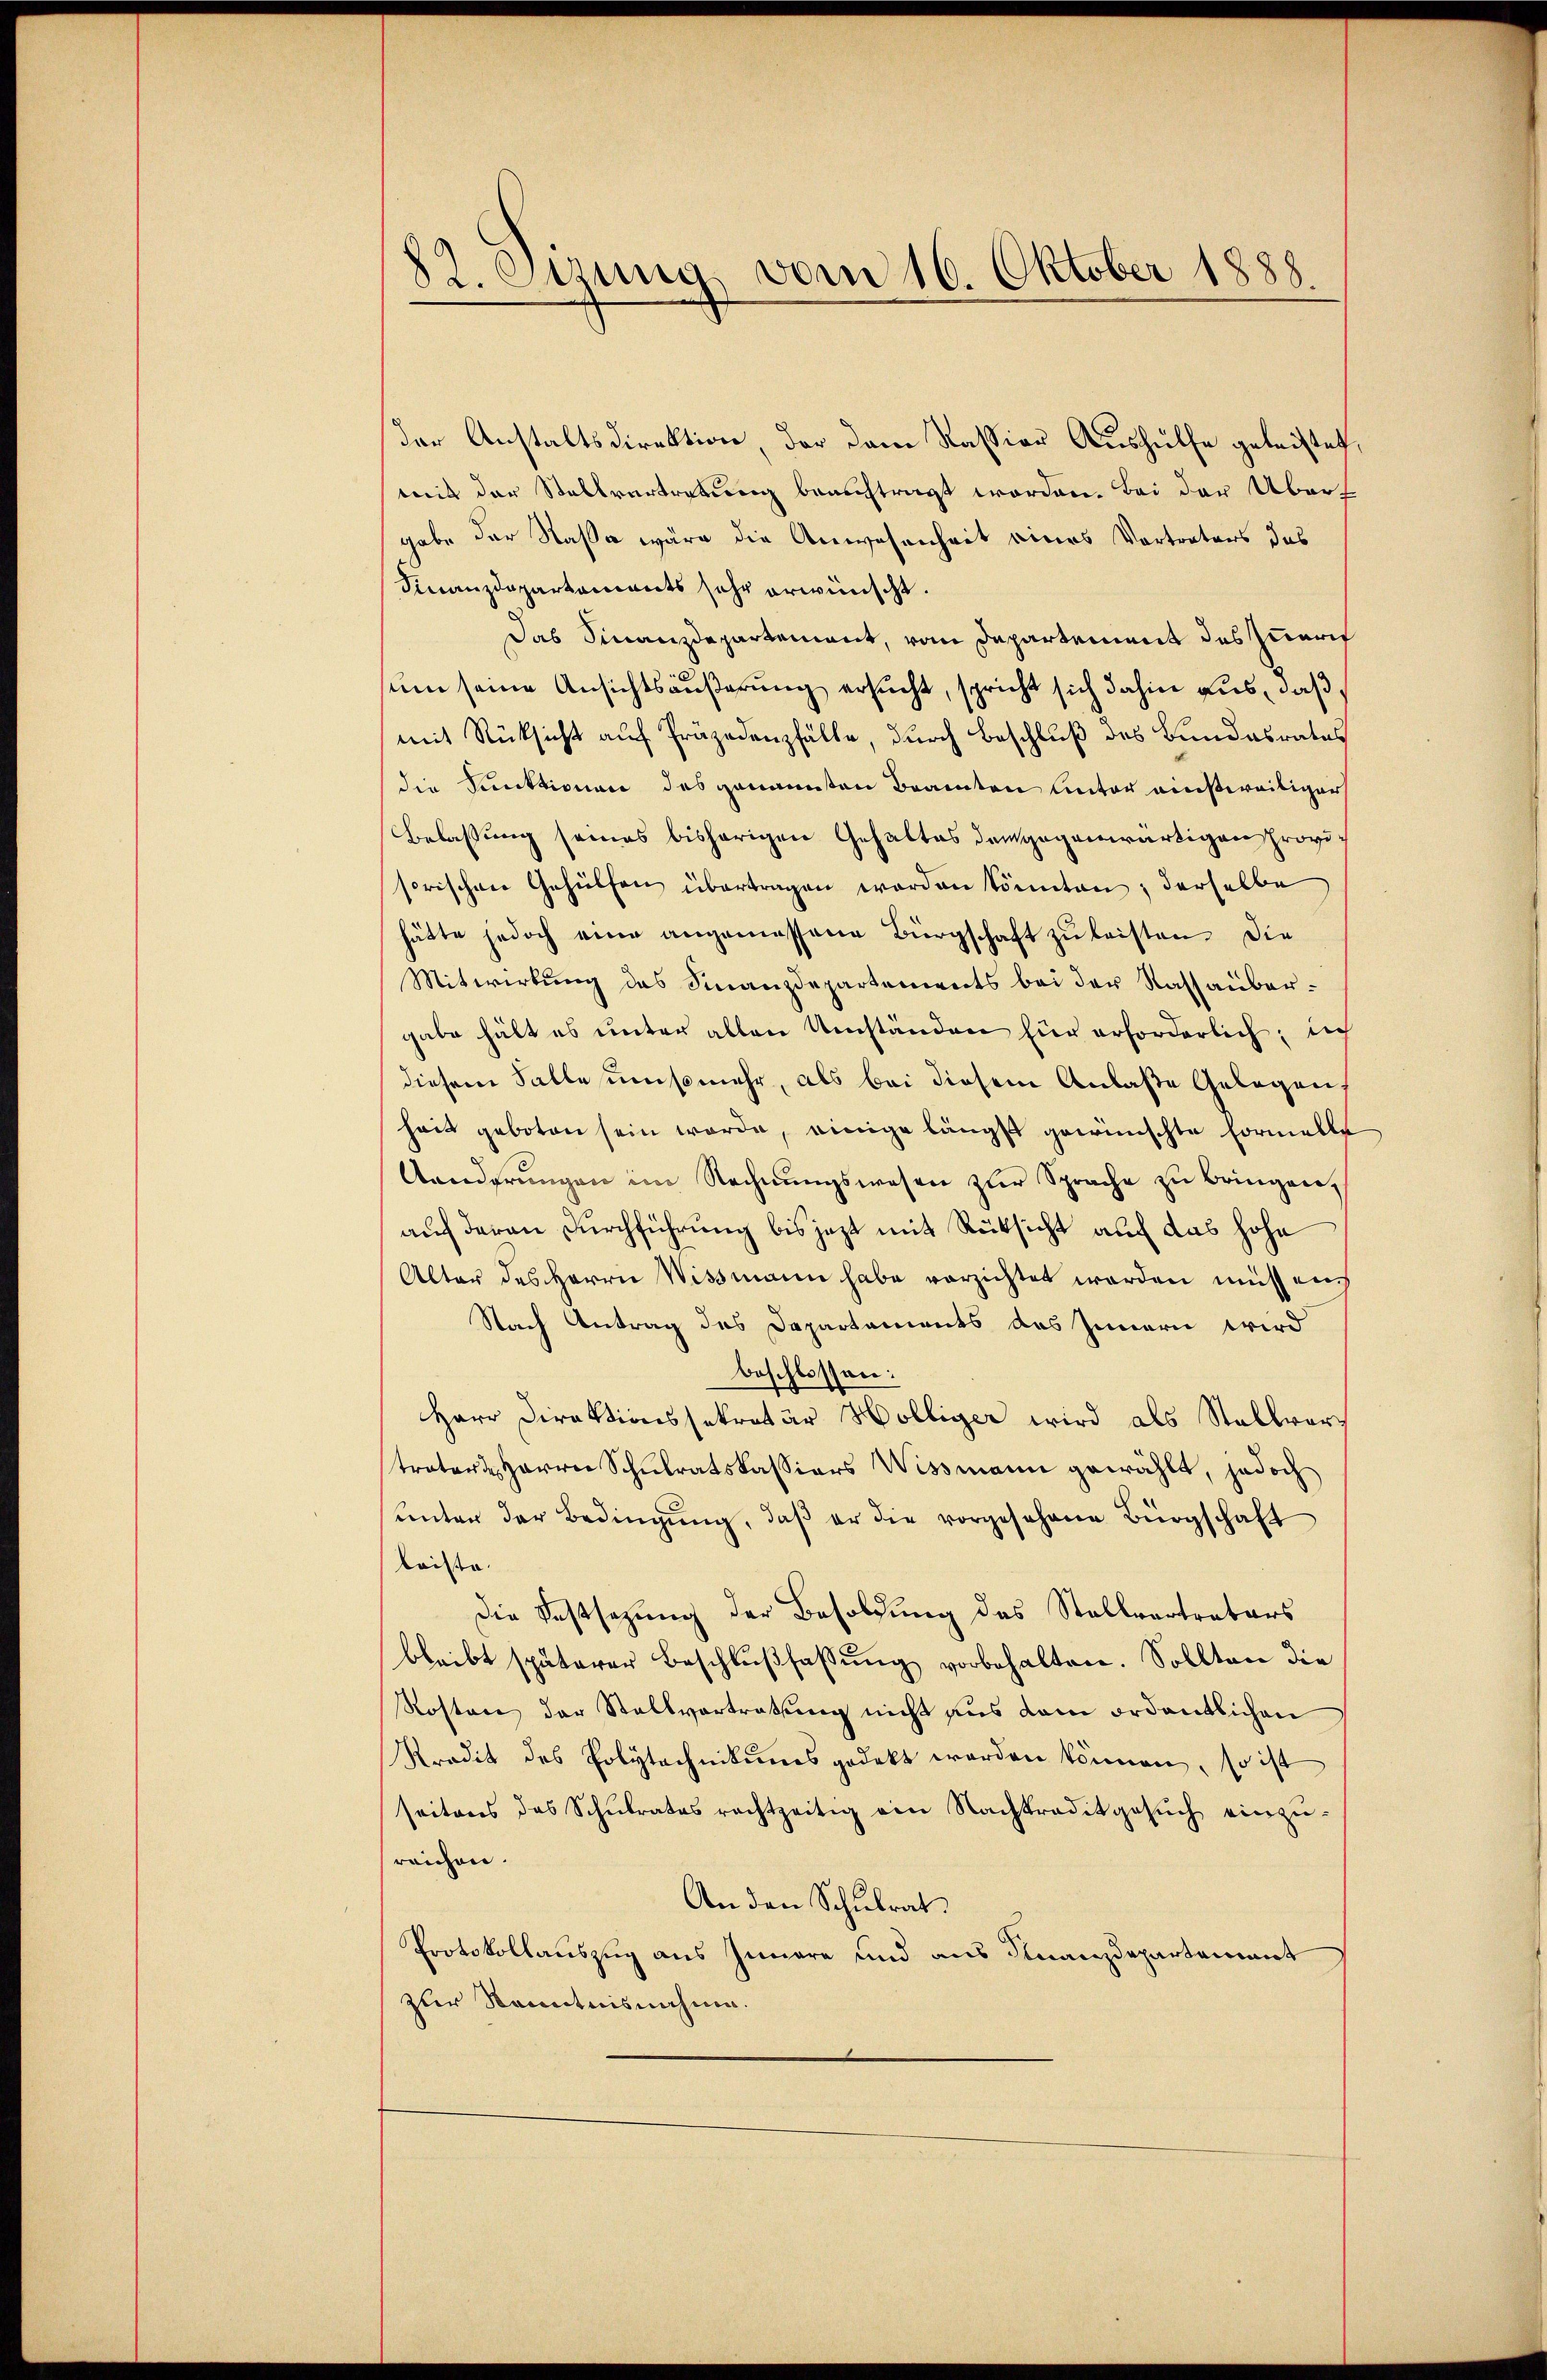
82. Sitzung vom 16. Oktober 1888

der Anstaltsdirektion, der dem Kassian Aushülfe geleistet,
mit der Stellvertretung beauftragt worden. Bei der Übert
gabe der Nase wäre die Anwesenheit eines Vortreters das
Finanzdepartements sehr erwünscht.
Das Finanzdepartement, vom Departement des zueri
sum seine Ansichtsäußerung ersucht, spricht sich dahin aus, daß,
mit Rücksicht auf Präjedenzfälle, durch Beschluß des Bundesrates
die Funktionen des genannten Beamten unter einsweitiger
Belassung seines bisherigen Gehaltes dergegenwärtigen Provisorischen Gehülfen übertragen worden könnten, derselbe
hätte jedoch eine angemessene Bürgschaft zŭ leisten. Die
Mitwirkung des Finanzdepartements bei der Sassaubergabe hält es unter allen Umständen für erforderlich; ich
diesem Falle umsomehr, als bei diesem Anlaße Gelegen,
heit geboten sein werde, einige längst gewünschte Formelle
Aanderŭngen im Rechnŭngswesen zur Sprache zu bringen,
auf deren Durchführung bis jezt mit Rüksicht auf das hohe
Alter des Herrn Wissmann habe verzichtet werden müssen
Nach Antrag des Departements des Innern wird
beschlossen:
Herr Direktionssekretär Hölliger wird als Stallvorstrators Harrer Schulratskassiars Wissmann gewählt, jedoch
unter der Bedingŭng, daβ er die vorgesehene Bürgschaft
kaiste.
Die Festsezung der Besoldung des Stellvertreters
bleibt späterer Beschlußfassung vorbehalten. Sollten die
Rosten der Stallvertratung nicht aus dem ordentlichen
Kredit des Polytechnikums gedekt worden können, so ist
seitens das Schŭlrates rechtzeitig ein Nachtraditgesŭch einzŭ-
reichen.
An den Schulrat.
Protokollauszug aus Innere und aus Finanzdepartement
zler Stenntnisnahme.